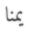
يمنا